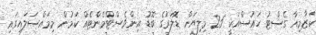
ކަޒާމިއާ ގެސްޓު ހައުސްއަކީ 25 މިލިޔަން ޑޮލަރުގެ ބޮޑު އިންވެސްޓްމެންޓެއް ކަމުން މިމައްސަލައިގައި